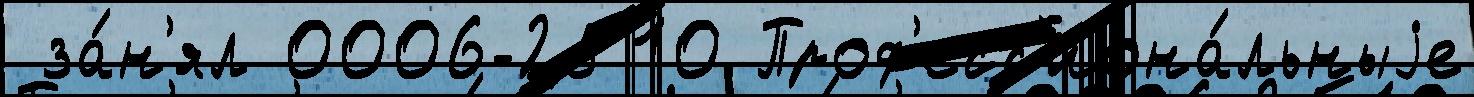
 за́н'ял 0006-2510 Проф'есс'иона́льныjе